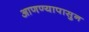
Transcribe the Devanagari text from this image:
आणण्यापासुन